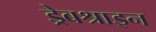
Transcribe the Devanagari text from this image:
ड्रेबश्राइन